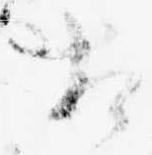
相